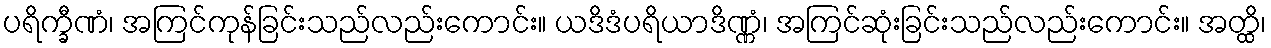
ပရိက္ခီဏံ၊ အကြင်ကုန်ခြင်းသည်လည်းကောင်း။ ယဒိဒံပရိယာဒိဏ္ဏံ၊ အကြင်ဆုံးခြင်းသည်လည်းကောင်း။ အတ္ထိ၊